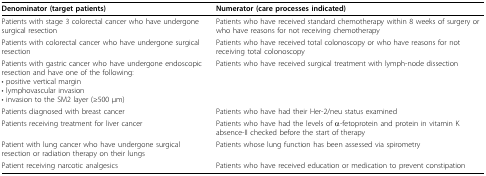
| Denominator (target patients) | Numerator (care processes indicated) |
 | --- | --- |
 | Patients with stage 3 colorectal cancer who have undergone surgical resection | Patients who have received standard chemotherapy within 8 weeks of surgery or who have reasons for not receiving chemotherapy |
 | Patients with colorectal cancer who have undergone surgical resection | Patients who have received total colonoscopy or who have reasons for not receiving total colonoscopy |
 | Patients with gastric cancer who have undergone endoscopic resection and have one of the following:• positive vertical margin• lymphovascular invasion• invasion to the SM2 layer (≥500 μm) | Patients who have received surgical treatment with lymph-node dissection |
 | Patients diagnosed with breast cancer | Patients who have had their Her-2/neu status examined |
 | Patients receiving treatment for liver cancer | Patients who have had the levels of α-fetoprotein and protein in vitamin K absence-II checked before the start of therapy |
 | Patient with lung cancer who have undergone surgical resection or radiation therapy on their lungs | Patients whose lung function has been assessed via spirometry |
 | Patient receiving narcotic analgesics | Patients who have received education or medication to prevent constipation |